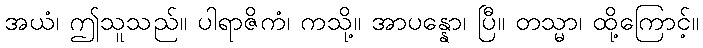
အယံ၊ ဤသူသည်။ ပါရာဇိကံ၊ ကသို့။ အာပန္နော၊ ပြီ။ တသ္မာ၊ ထို့ကြောင့်။